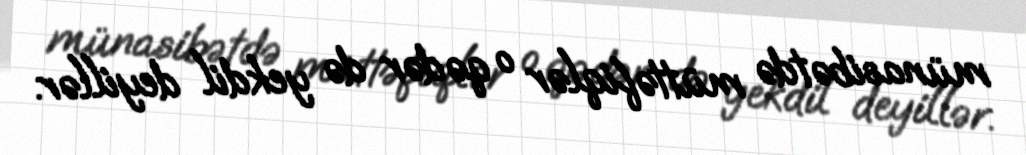
münasibətdə müttəfiqlər o qədər də yekdil deyillər.